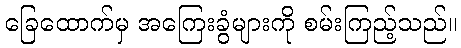
ခြေထောက်မှ အကြေးခွံများကို စမ်းကြည့်သည်။